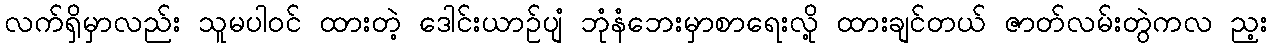
လက်ရှိမှာလည်း သူမပါဝင် ထားတဲ့ ဒေါင်းယာဉ်ပျံ ဘုံနံဘေးမှာစာရေးလို့ ထားချင်တယ် ဇာတ်လမ်းတွဲကလ ည့း